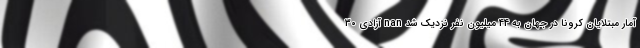
آمار مبتلایان کرونا در جهان به 44 میلیون نفر نزدیک شد nan آزادی 30